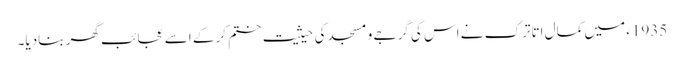
1935ء میں کمال اتاترک نے اس کی گرجے و مسجد کی حیثیت ختم کرکے اسے عجائب گھر بنادیا۔